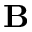
\mathbf { B }